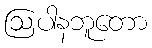
ဩပါနဘူတော